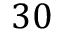
3 0